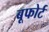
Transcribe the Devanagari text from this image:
बूफोर्ट